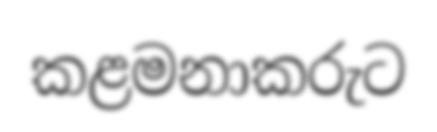
කළමනාකරුට